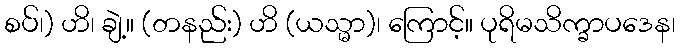
စပ်၊) ဟိ၊ ချဲ့။ (တနည်း) ဟိ (ယသ္မာ)၊ ကြောင့်။ ပုရိမသိက္ခာပဒေန၊